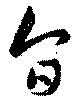
旨